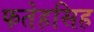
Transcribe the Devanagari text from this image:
फतेहसिह